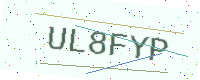
Text: UL8FYP